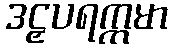
ဒဠှပရက္ကမာ